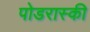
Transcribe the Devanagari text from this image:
पोडरास्की